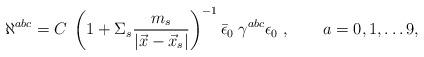
LaTeX: \begin{align*}\aleph^{abc} = C\;\left (1+ \Sigma_s {m_s \over |\vec x - \vec x_s|}\right )^{-1} \bar\epsilon_0 \;\gamma^{abc} \epsilon_0\ , \qquad a = 0,1,\dots 9,\end{align*}